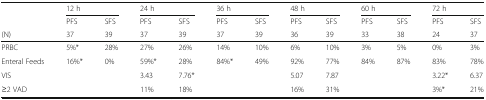
<table><thead><tr><td></td><td colspan="2"><b>12 h</b></td><td colspan="2"><b>24 h</b></td><td colspan="2"><b>36 h</b></td><td colspan="2"><b>48 h</b></td><td colspan="2"><b>60 h</b></td><td colspan="2"><b>72 h</b></td></tr><tr><td></td><td><b>PFS</b></td><td><b>SFS</b></td><td><b>PFS</b></td><td><b>SFS</b></td><td><b>PFS</b></td><td><b>SFS</b></td><td><b>PFS</b></td><td><b>SFS</b></td><td><b>PFS</b></td><td><b>SFS</b></td><td><b>PFS</b></td><td><b>SFS</b></td></tr><tr><td><b>(N)</b></td><td><b>37</b></td><td><b>39</b></td><td><b>37</b></td><td><b>39</b></td><td><b>37</b></td><td><b>39</b></td><td><b>36</b></td><td><b>39</b></td><td><b>33</b></td><td><b>38</b></td><td><b>24</b></td><td><b>37</b></td></tr></thead><tbody><tr><td>PRBC</td><td>5%*</td><td>28%</td><td>27%</td><td>26%</td><td>14%</td><td>10%</td><td>6%</td><td>10%</td><td>3%</td><td>5%</td><td>0%</td><td>3%</td></tr><tr><td>Enteral Feeds</td><td>16%*</td><td>0%</td><td>59%*</td><td>28%</td><td>84%*</td><td>49%</td><td>92%</td><td>77%</td><td>84%</td><td>87%</td><td>83%</td><td>78%</td></tr><tr><td>VIS</td><td></td><td></td><td>3.43</td><td>7.76*</td><td></td><td></td><td>5.07</td><td>7.87</td><td></td><td></td><td>3.22*</td><td>6.37</td></tr><tr><td>≥2 VAD</td><td></td><td></td><td>11%</td><td>18%</td><td></td><td></td><td>16%</td><td>31%</td><td></td><td></td><td>3%*</td><td>21%</td></tr></tbody></table>